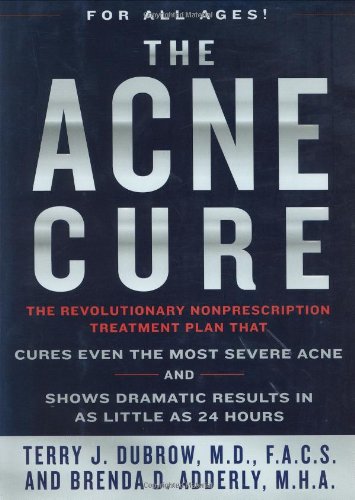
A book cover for The Acne Cure; Terry J. Dubrow; Health, Fitness & Dieting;